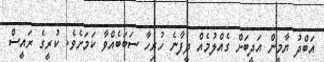
އަބްދު ޔާމީން އަދީބަށް ގެއްލުމެއް ދީފާނެ ހުރިހާ ސަބަބެއްވާ ކަމަަށެވެ. ކުރީގެ ރައީސް